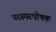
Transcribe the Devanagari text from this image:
परस्परपोषक